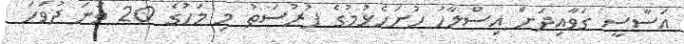
އަސާސީ ގަވާއިދަށް އިސްލާހު ހުށަހެޅުމުގެ ފުރުސަތު މި މަހުގެ 20 ވަނަ ދުވަހަ